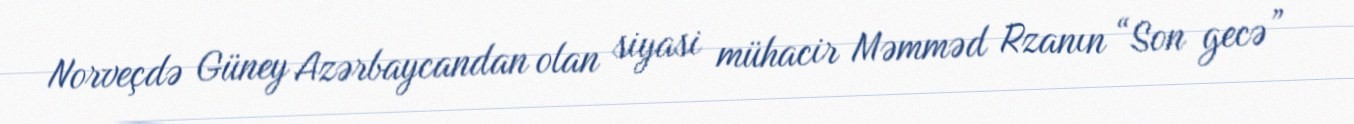
Norveçdə Güney Azərbaycandan olan siyasi mühacir Məmməd Rzanın “Son gecə”